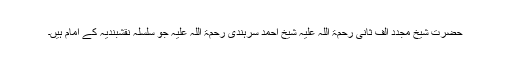
حضرت شیخ مجدد الف ثانی رحمۃ اللہ علیہ شیخ احمد سرہندی رحمۃ اللہ علیہ جو سلسلہ نقشبندیہ کے امام ہیں۔